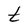
Character: t